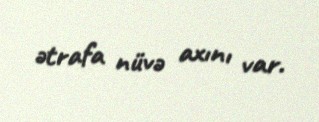
ətrafa nüvə axını var.